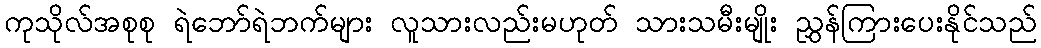
ကုသိုလ်အစုစု ရဲဘော်ရဲဘက်များ လူသားလည်းမဟုတ် သားသမီးမျိုး ညွှန်ကြားပေးနိုင်သည်